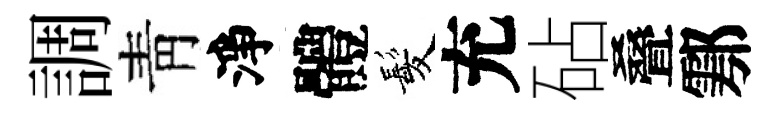
調靑淨體髪充砧叠鄠